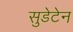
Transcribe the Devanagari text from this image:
सुडेटेन